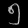
Digit: ၅